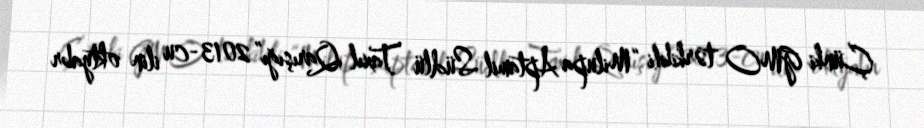
Çünki GMO tərkibli “Milupa Aptamil Südlü Taxıl Qarışığı” 2013-cu ilin oktyabr